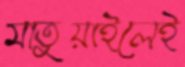
মাতুয়াইলেই